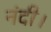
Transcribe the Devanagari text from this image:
नंदी।